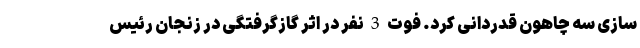
سازی سه چاهون قدردانی کرد. فوت 3 نفر در اثر گازگرفتگی در زنجان رئیس